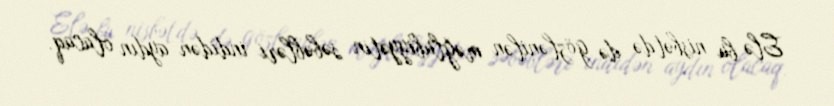
Elə bu nisbətdə də gözlənilən məğlubiyyətin səbəbləri indidən aydın olacaq.